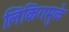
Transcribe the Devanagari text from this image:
लिंकिंगमुळे